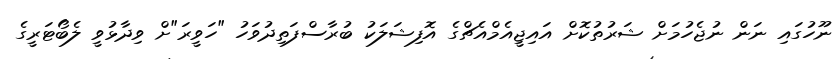
ނޫހުގައި ނަން ނުޖެހުމަށް ޝަރުތުކޮށް އައިޖީއެމްއެޗްގެ އޮފިޝަލަކު ބުރާސްފަތިދުވަހު "ހަވީރަ"ށް ވިދާޅުވީ ލެބޯޓަރީގެ